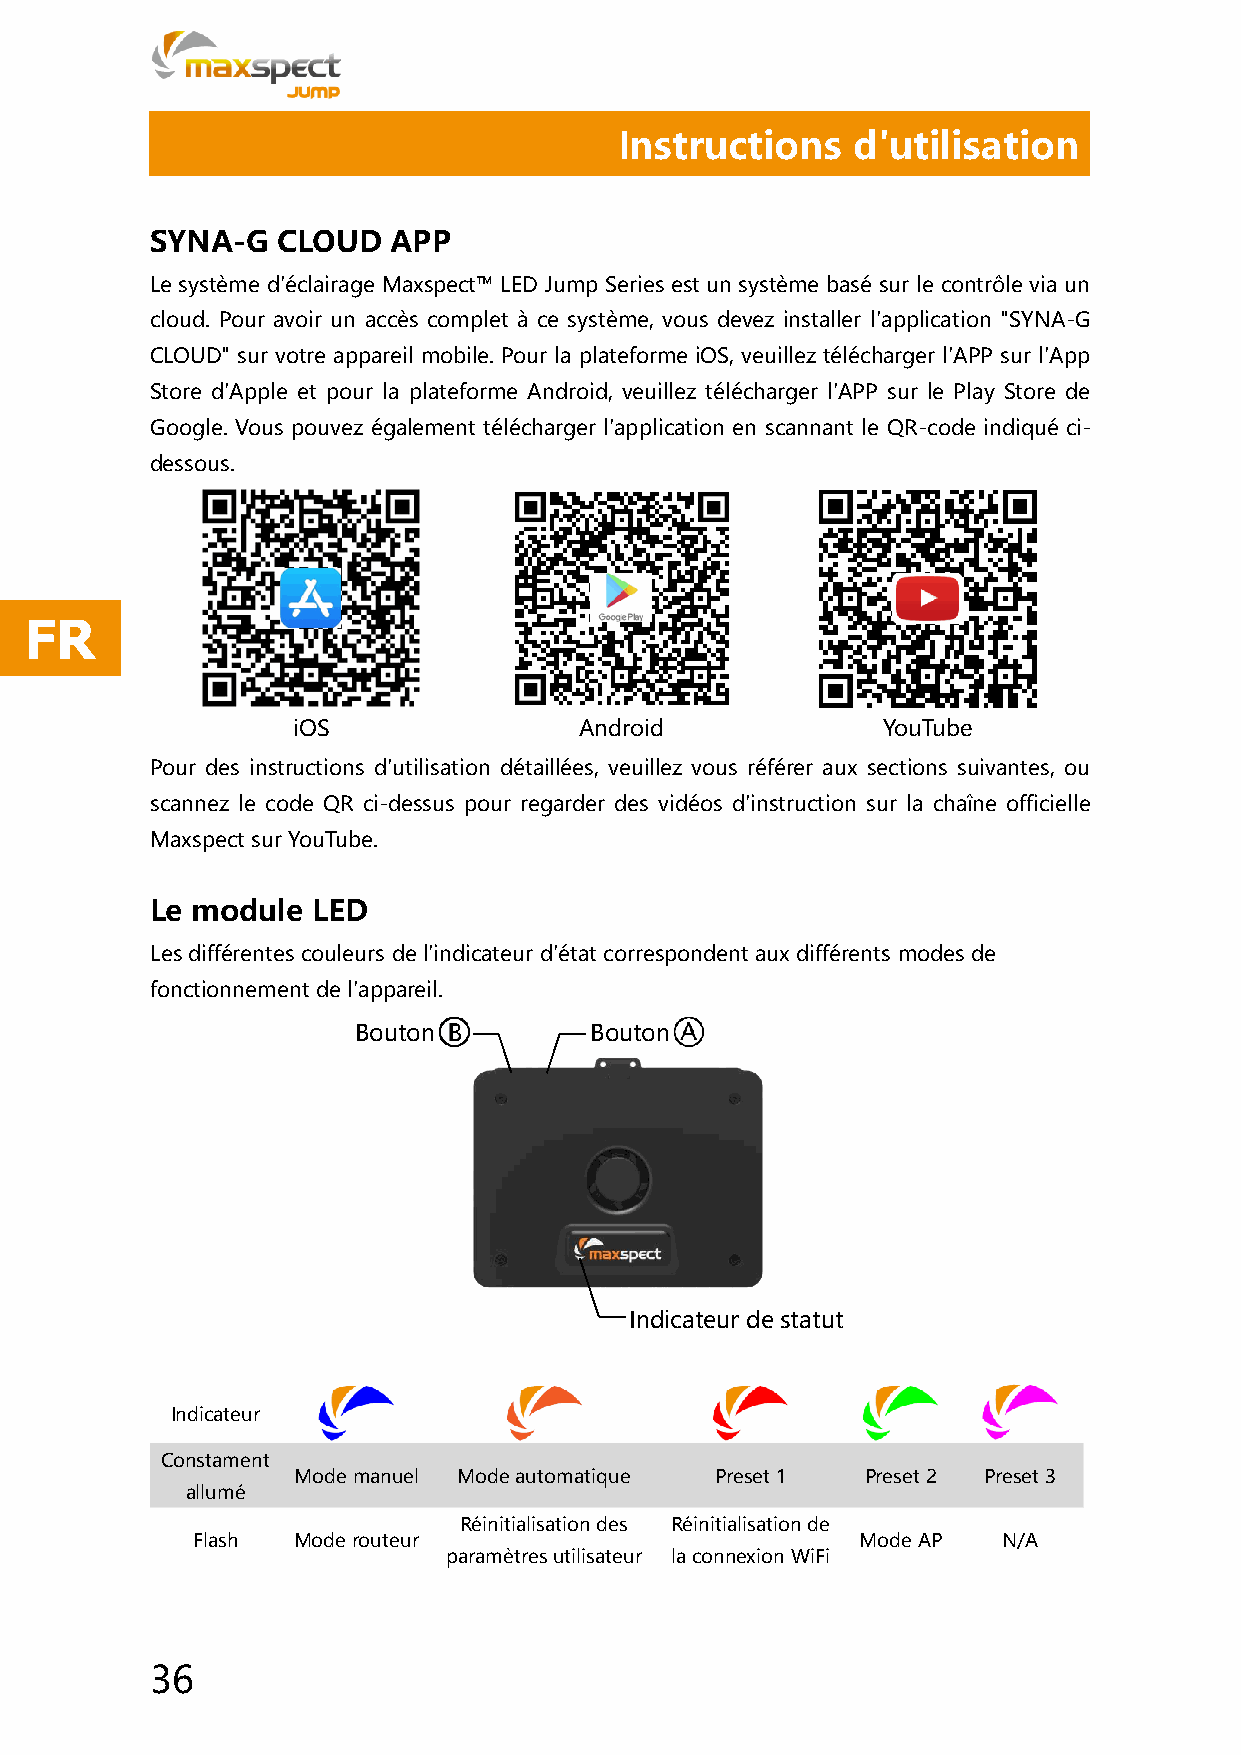
Instructions   d'utilisation
 SYNA-G  CLOUD   APP
 Le système d'éclairage Maxspect™ LED Jump Series est un système basé sur le contrôle via un
 cloud. Pour avoir un accès complet à ce système, vous devez installer l'application "SYNA-G
 CLOUD" sur votre appareil mobile. Pour la plateforme iOS, veuillez télécharger l'APP sur l'App
 Store d'Apple et pour la plateforme Android, veuillez télécharger l'APP sur le Play Store de
 Google. Vous pouvez également télécharger l'application en scannant le QR-code indiqué ci-
 dessous.
 FR
 iOS                Android             YouTube
 Pour des instructions d'utilisation détaillées, veuillez vous référer aux sections suivantes, ou
 scannez le code QR ci-dessus pour regarder des vidéos d'instruction sur la chaîne officielle
 Maxspect sur YouTube.
 Le module  LED
 Les différentes couleurs de l'indicateur d'état correspondent aux différents modes de
 fonctionnement de l'appareil.
 Bouton          Bouton
 Indicateur de statut
 Indicateur
 Constament
 Mode manuel Mode automatique Preset 1 Preset 2 Preset 3
 allumé
 Réinitialisation des Réinitialisation de
 Flash Mode routeur                          Mode AP  N/A
 paramètres utilisateur la connexion WiFi
 36